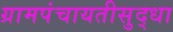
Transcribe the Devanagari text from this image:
ग्रामपंचायतीसुद्धा